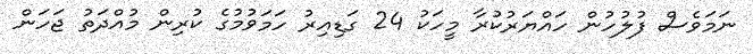
ނަމަވެސް ފުލުހުން ހައްޔަރުކުރާ މީހަކު 24 ގަޑިއިރު ހަމަވުމުގެ ކުރިން މުއްދަތު ޖަހަން